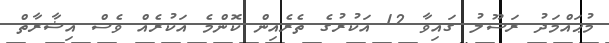
މުޙައްމަދު ރަސޫލު ގައިވާ 12 އަކުރުގެ ތެރެއިން ކޮންމެ އަކުރެއް ވެސް އިޝާރާތް